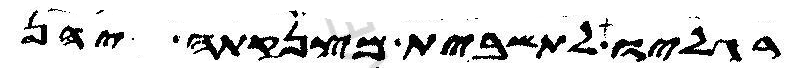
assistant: רגליו לתשבית מצנקתה יהן